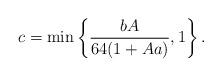
LaTeX: \begin{align*}c = \min \left\{\frac{b A}{64 (1 + A a)},1 \right\}.\end{align*}